Annual report on the Civil Veterinary Department, Burma (including the Insein Veterinary School) - 1923-1931
Year: 1923
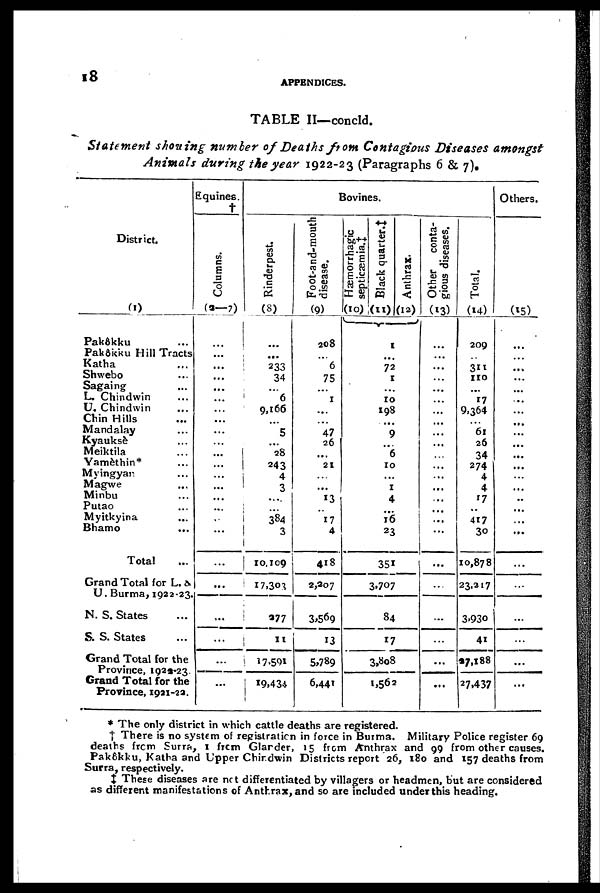
18
APPENDICES.
TABLE II—concld.
Statement shotting number of Deaths from Contagious Diseases amongst
Animals during the year 1922-23 (Paragraphs 6 & 7).
District.
(1)
Pakôkku ...
Pakôkku Hill Tracts
Katha ...
Shwebo ...
Sagaing ...
L. Chindwin ...
U. Chindwin ...
Chin Hills ...
Mandalay ...
Kyauksè ...
Meiktila ...
Yamèthin* ...
Myingyan ...
Magwe ...
Minbu ...
Putao ...
Myitkyina ...
Bhamo ...
Total ...
Grand Total for L. &
U. Burma, 1922-23.
N. S. States ...
S. S. States ...
Grand Total for the
Province, 1924-23.
Grand Total for the
Province, 1921-23.
Equines.
†
Columns.
(3—7)
...
...
...
...
...
...
...
...
...
...
...
...
...
...
...
...
...
...
...
...
...
...
...
Bovines.
Rinderpest.
(8)
...
...
233
34
...
6
9,166
...
5
...
28
243
4
3
...
...
384
3
10,109
17,301
377
11
17,591
19,434
Foot-and-mouth
disease.
(9)
208
...
6
75
...
1
...
...
47
26
...
21
...
13
17
4
418
2,207
3,569
13
5,789
6,441
Hæmorrhagic
septicæmia.‡
(10)
Black quarter.‡
(11)
1
...
72
I
...
10
198
...
9
...
6
10
...
1
4
16
23
351
3,707
84
17
3,808
1,562
Anthrax.
(12)
Other conta-
gious diseases.
(13)
...
...
...
...
...
...
...
...
...
...
...
...
...
...
...
...
...
...
...
...
...
...
...
Total.
(14)
209
...
311
110
...
17
9,364
61
26
34
274
4
4
17
417
30
10,878
23,217
3,93o
41
27,188
27,437
Others.
(15)
...
...
...
...
...
...
...
...
...
...
...
...
...
...
..
...
...
...
...
...
...
...
...
...
* The only district in which cattle deaths are registered.
† There is no system of registration in force in Burma. Military Police register 69
deaths from Surra, 1 from Glarder, 15 from Anthrax and 99 from other causes.
Pakôkku, Katha and Upper Chindwin Districts report 26, 180 and 157 deaths from
Surra, respectively.
‡ These diseases are net differentiated by villagers or headmen, but are considered
as different manifestations of Anthrax, and so are included under this heading.